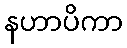
နဟာပိကာ